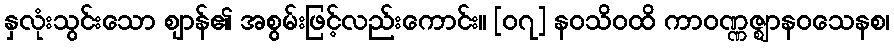
နှလုံးသွင်းသော ဈာန်၏ အစွမ်းဖြင့်လည်းကောင်း။ [၀၇] နဝသိဝထိ ကာဝဏ္ဏဇ္ဈာနဝသေနစ၊